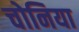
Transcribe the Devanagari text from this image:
चोनिया